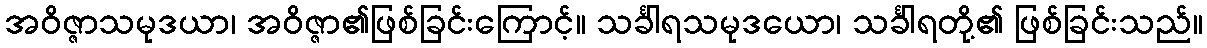
အဝိဇ္ဇာသမုဒယာ၊ အဝိဇ္ဇာ၏ဖြစ်ခြင်းကြောင့်။ သင်္ခါရသမုဒယော၊ သင်္ခါရတို့၏ ဖြစ်ခြင်းသည်။